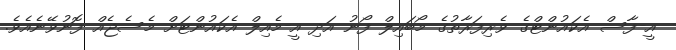
އީ-ފާސް އެކައުންޓްގެ ވެރިފަރާތުގެ މޯބައިލް ފޯނު އަދި އީ-މެއިލް އެކައުންޓަށް މެސެޖެއް ފޮނުވޭނެއެވެ.